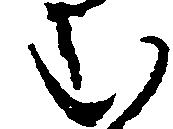
む